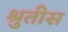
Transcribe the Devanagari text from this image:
श्रुतीस